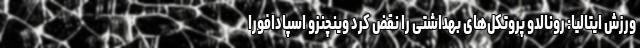
ورزش ایتالیا: رونالدو پروتکل‌های بهداشتی را نقض کرد وینچنزو اسپادافورا